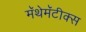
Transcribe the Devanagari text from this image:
मॅथेमॅटीक्स